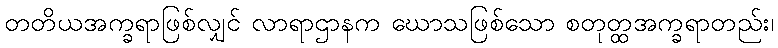
တတိယအက္ခရာဖြစ်လျှင် လာရာဌာနက ဃောသဖြစ်သော စတုတ္ထအက္ခရာတည်း၊